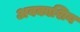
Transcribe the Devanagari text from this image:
अवकाशिय